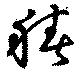
積